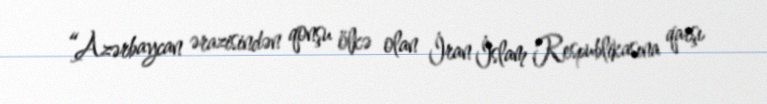
“Azərbaycan ərazisindən qonşu ölkə olan İran İslam Respublikasına qarşı